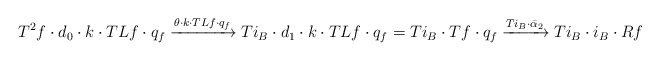
\begin{align*} T^2f\cdot d_0\cdot k\cdot T{L}f\cdot q_f \xrightarrow{\theta\cdot k\cdot T{L}f\cdot q_f} Ti_B\cdot d_1\cdot k\cdot T{L}f\cdot q_f = Ti_B\cdot Tf \cdot q_f \xrightarrow{Ti_B\cdot\bar\alpha_2} Ti_B\cdot i_B\cdot{R}f \end{align*}